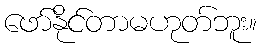
ဖော်နိုင်တာမဟုတ်ဘူး။